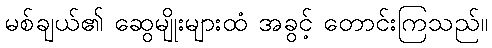
မစ်ချယ်၏ ဆွေမျိုးများထံ အခွင့် တောင်းကြသည်။